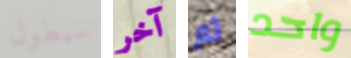
سيطول آخر ثم واحد